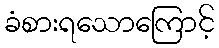
ခံစားရသောကြောင့်